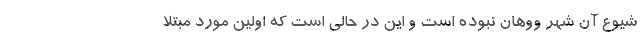
شیوع آن شهر ووهان نبوده است و این در حالی است که اولین مورد مبتلا